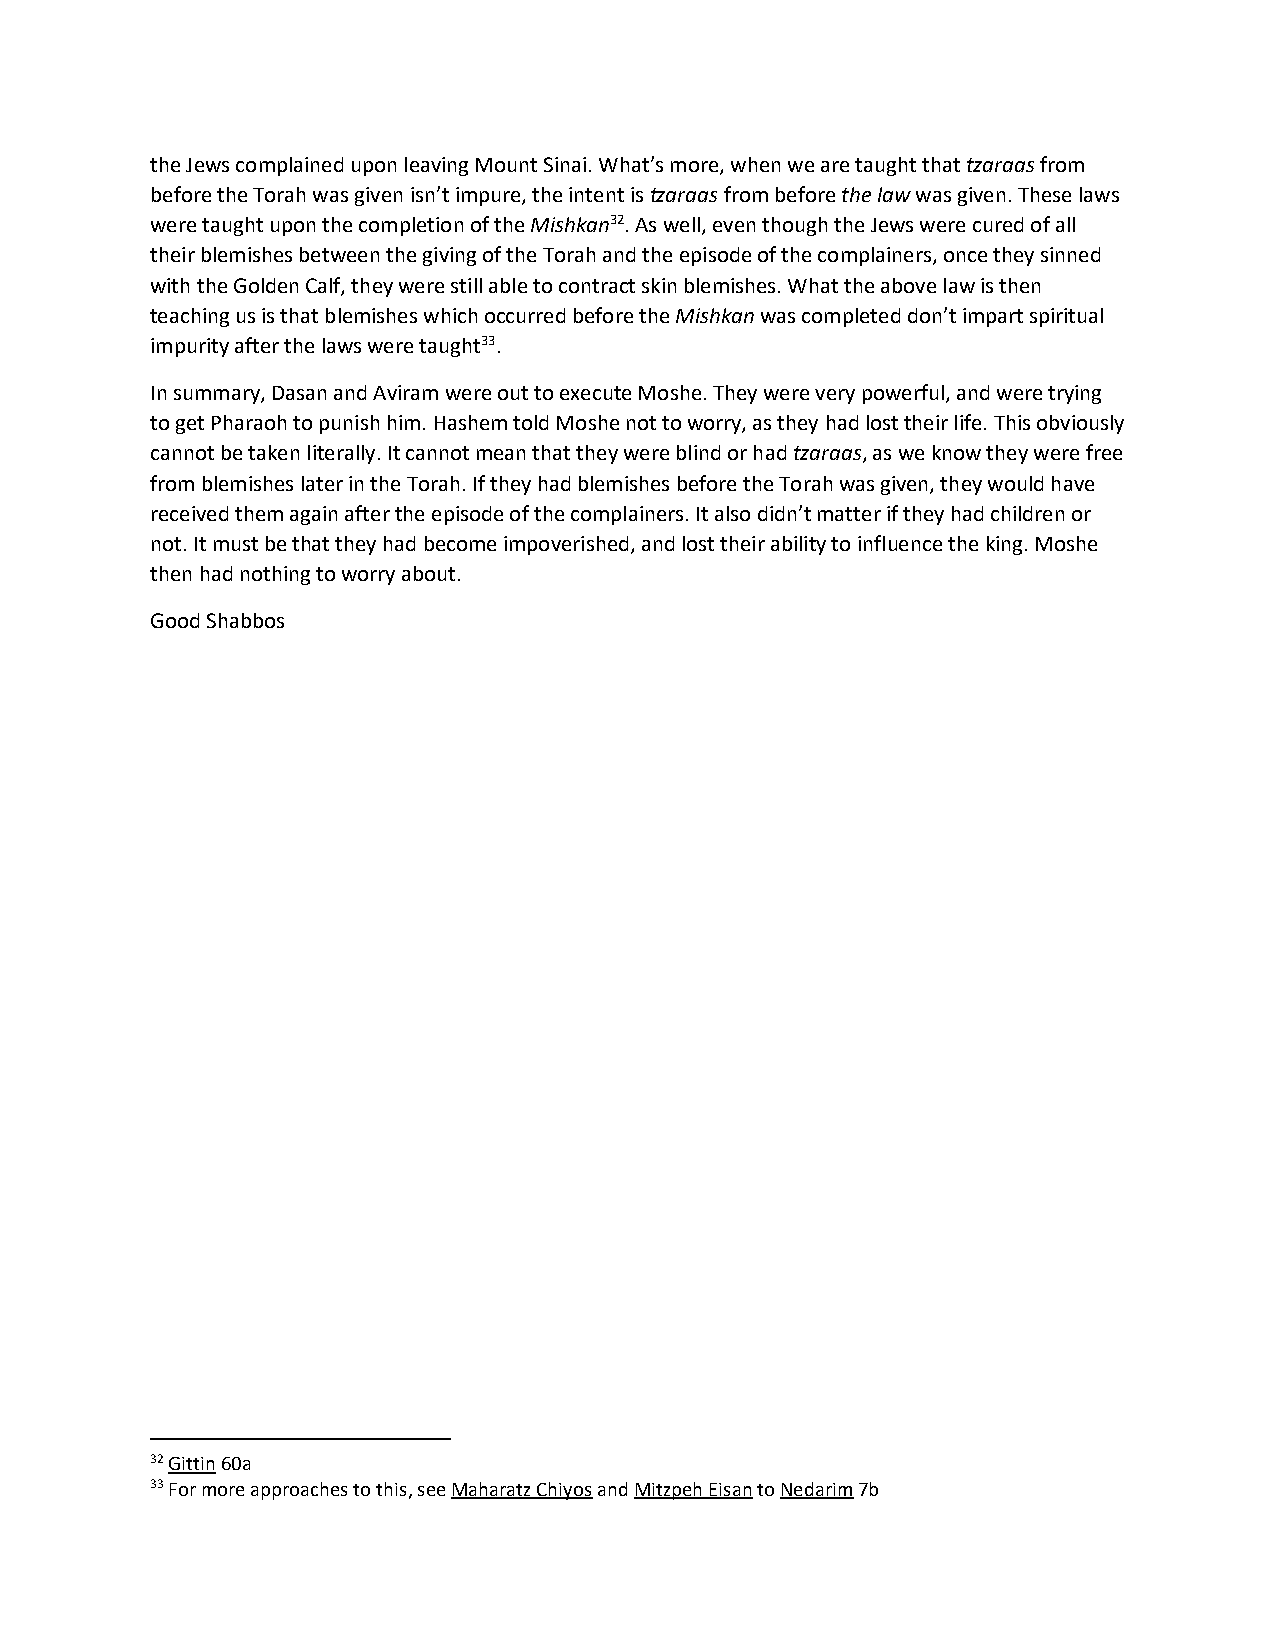
the Jews complained upon leaving Mount Sinai. What’s more, when we are taught that tzaraas from
 before the Torah was given isn’t impure, the intent is tzaraas from before the law was given. These laws
 were taught upon the completion of the Mishkan32. As well, even though the Jews were cured of all
 their blemishes between the giving of the Torah and the episode of the complainers, once they sinned
 with the Golden Calf, they were still able to contract skin blemishes. What the above law is then
 teaching us is that blemishes which occurred before the Mishkan was completed don’t impart spiritual
 impurity after the laws were taught33.
 In summary, Dasan and Aviram were out to execute Moshe. They were very powerful, and were trying
 to get Pharaoh to punish him. Hashem told Moshe not to worry, as they had lost their life. This obviously
 cannot be taken literally. It cannot mean that they were blind or had tzaraas, as we know they were free
 from blemishes later in the Torah. If they had blemishes before the Torah was given, they would have
 received them again after the episode of the complainers. It also didn’t matter if they had children or
 not. It must be that they had become impoverished, and lost their ability to influence the king. Moshe
 then had nothing to worry about.
 Good Shabbos
 32 Gittin 60a
 33 For more approaches to this, see Maharatz Chiyos and Mitzpeh Eisan to Nedarim 7b